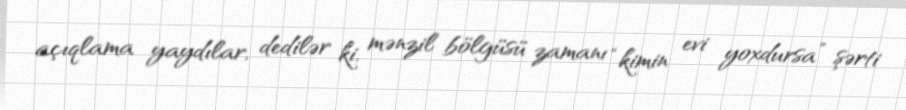
açıqlama yaydılar, dedilər ki, mənzil bölgüsü zamanı “kimin evi yoxdursa” şərti